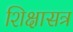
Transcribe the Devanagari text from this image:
शिक्षासत्र